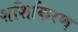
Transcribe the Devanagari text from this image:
शशिकिरण